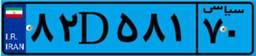
۸۲D۵۸۱۷۰